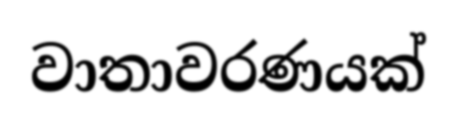
වාතාවරණයක්